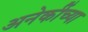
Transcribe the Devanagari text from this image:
अनेकींच्या